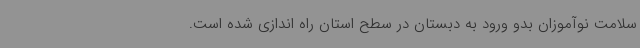
سلامت نوآموزان بدو ورود به دبستان در سطح استان راه اندازی شده است.